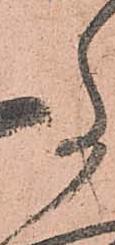
事